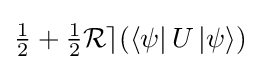
{\textstyle {\frac {1}{2}}+{\frac {1}{2}}{\mathcal {Re}}(\left\langle \psi \right|U\left|\psi \right\rangle )}